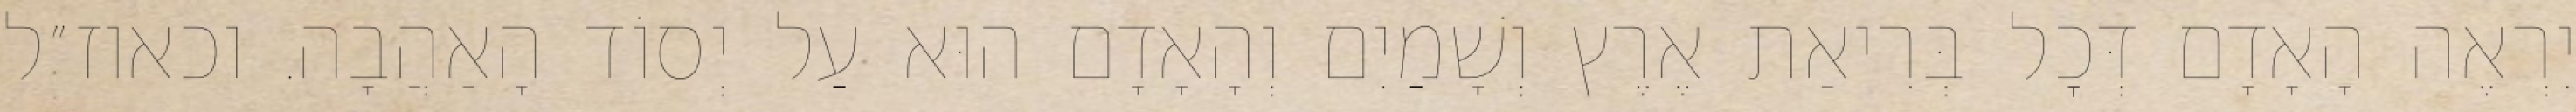
יִרְאֶה הָאָדָם דְּכׇל בְּרִיאַת אֶרֶץ וְשָׁמַיִם וְהָאָדָם הוּא עַל יְסוֹד הָאַהֲבָה. וכאוז״ל